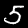
Digit: 5